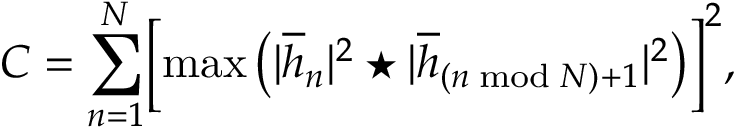
C = \sum _ { n = 1 } ^ { N } \Bigl [ \operatorname* { m a x } \left( { | \overline { { h } } _ { n } | ^ { 2 } \star | \overline { { h } } _ { ( n \bmod N ) + 1 } | ^ { 2 } } \right) \Bigr ] ^ { 2 } ,